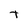
Character: t